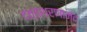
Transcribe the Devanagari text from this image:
दत्तशरणानंद